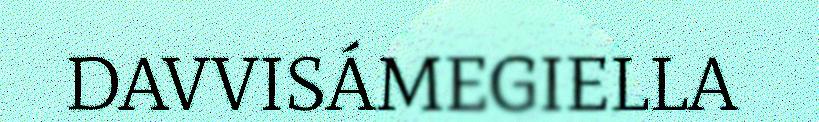
DAVVISÁMEGIELLA